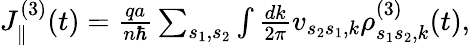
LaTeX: \begin{array}{r}{J_{\parallel}^{(3)}(t)=\frac{qa}{n\hbar}\sum_{s_{1},s_{2}}\int\frac{dk}{2\pi}v_{s_{2}s_{1},k}\rho_{s_{1}s_{2},k}^{(3)}(t),}\end{array}